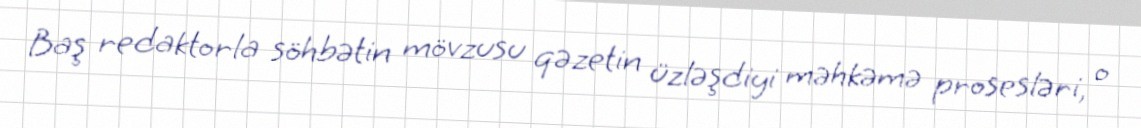
Baş redaktorla söhbətin mövzusu qəzetin üzləşdiyi məhkəmə prosesləri, o